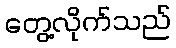
တွေ့လိုက်သည်